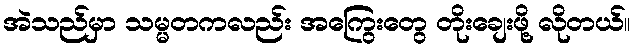
အဲသည်မှာ သမ္မတကလည်း အကြွေးတွေ တိုးချေးဖို့ လိုတယ်။